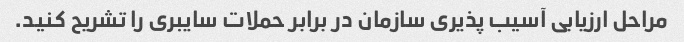
مراحل ارزیابی آسیب پذیری سازمان در برابر حملات سایبری را تشریح کنید.